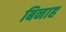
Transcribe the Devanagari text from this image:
बिनाह